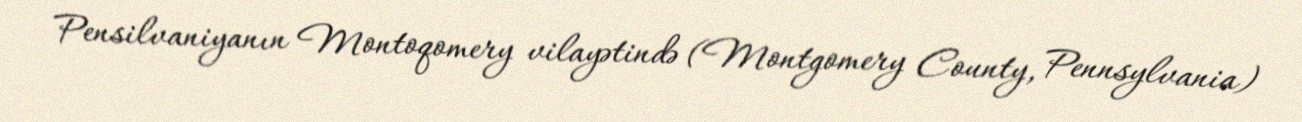
Pensilvaniyanın Montoqomery vilayətində (Montgomery County, Pennsylvania)